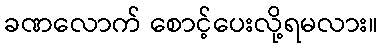
ခဏလောက် စောင့်ပေးလို့ရမလား။